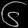
Digit: ၆